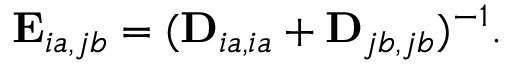
\mathbf { E } _ { i a , j b } = ( \mathbf { D } _ { i a , i a } + \mathbf { D } _ { j b , j b } ) ^ { - 1 } .